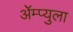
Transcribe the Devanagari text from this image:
ॲेम्प्युला